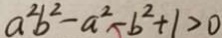
a ^ { 2 } b ^ { 2 } - a ^ { 2 } - b ^ { 2 } + 1 > 0